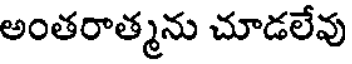
అంతరాత్మను చూడలేవు